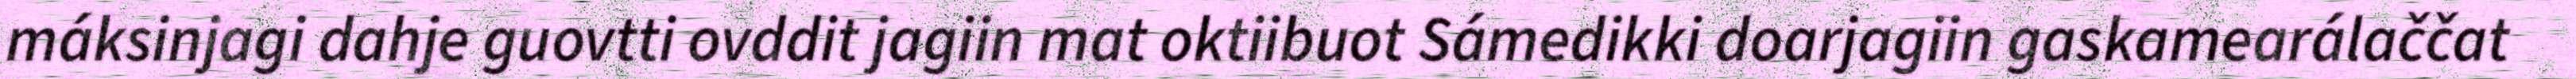
máksinjagi dahje guovtti ovddit jagiin mat oktiibuot Sámedikki doarjagiin gaskamearálaččat